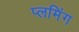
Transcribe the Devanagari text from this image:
प्लमिंग